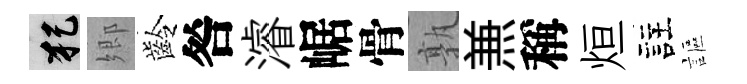
犯郷齡咎濬崌骨孰𠔥稱烜註謳